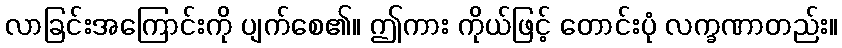
လာခြင်းအကြောင်းကို ပျက်စေ၏။ ဤကား ကိုယ်ဖြင့် တောင်းပုံ လက္ခဏာတည်း။